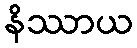
နိဿာယ